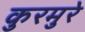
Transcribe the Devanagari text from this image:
कुरमुरे